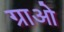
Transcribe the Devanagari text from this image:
ग्राओ